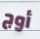
أوج